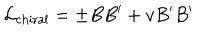
{ \cal L } _ { \mathrm { c h i r a l } } = \pm \dot { B } B ^ { \prime } + v B ^ { \prime } B ^ { \prime }